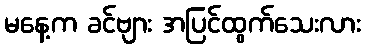
မနေ့က ခင်ဗျား အပြင်ထွက်သေးလား